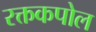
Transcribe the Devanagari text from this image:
रक्तकपोल